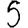
Digit: 5